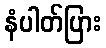
နံပါတ်ပြား